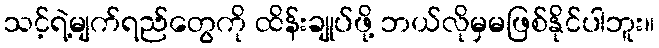
သင့်ရဲ့မျက်ရည်တွေကို ထိန်းချုပ်ဖို့ ဘယ်လိုမှမဖြစ်နိုင်ပါဘူး။